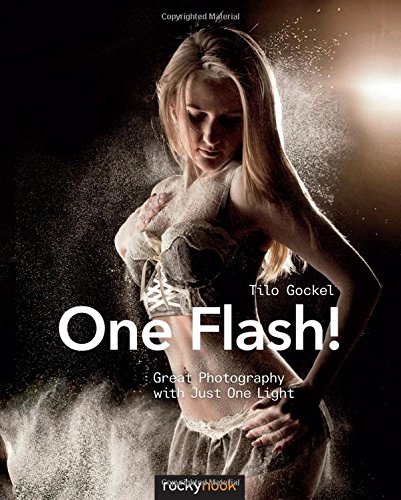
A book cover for One Flash!: Great Photography with Just One Light; Tilo Gockel; Arts & Photography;